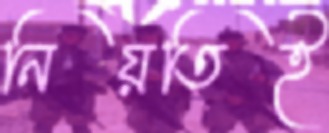
নিয়তিই